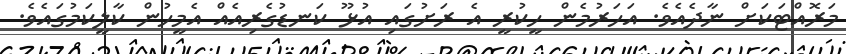
މަރޮއްޓަކަށް ނާދެއެވެ. އަހަރުމެން ހީކުރީ އެ ރަށުގައި އުޅޫ ކަނޑުގެރިއެއް އެމީހުން ކާލީކަމުގައެެވެ.